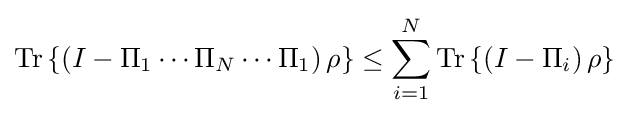
{\text{Tr}}\left\{\left(I-\Pi _{1}\cdots \Pi _{N}\cdots \Pi _{1}\right)\rho \right\}\leq \sum _{i=1}^{N}{\text{Tr}}\left\{\left(I-\Pi _{i}\right)\rho \right\}